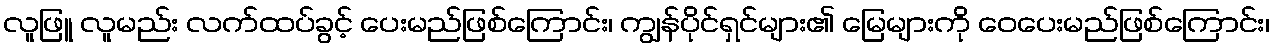
လူဖြူ လူမည်း လက်ထပ်ခွင့် ပေးမည်ဖြစ်ကြောင်း၊ ကျွန်ပိုင်ရှင်များ၏ မြေများကို ဝေပေးမည်ဖြစ်ကြောင်း၊